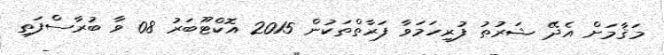
މަޤާމަށް އެދޭ ޝަރުޠު ފުރިހަމަވާ ފަރާތްތަކުން 2015 އޮކްޓޫބަރު 08 ވާ ބުރާސްފަތި